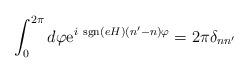
LaTeX: \begin{align*}\int_{0}^{2 \pi} d\varphi {\rm e}^{i~{\rm sgn}(eH) (n'-n) \varphi}= 2 \pi \delta_{nn'}\end{align*}